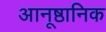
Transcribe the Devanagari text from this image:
आनूष्ठानिक